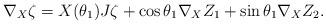
LaTeX: \begin{align*}\nabla_X \zeta=X(\theta_1)J\zeta + \cos \theta_1 \nabla_X Z_1 +\sin\theta_1 \nabla_X Z_2.\end{align*}